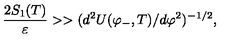
{ \frac { 2 S _ { 1 } ( T ) } { \varepsilon } } > > ( d ^ { 2 } { U ( \varphi _ { - } , T ) } / d \varphi ^ { 2 } ) ^ { - 1 / 2 } ,